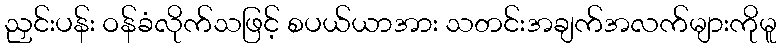
ညှင်းပန်း ဝန်ခံလိုက်သဖြင့် စပယ်ယာအား သတင်းအချက်အလက်များကိုမူ